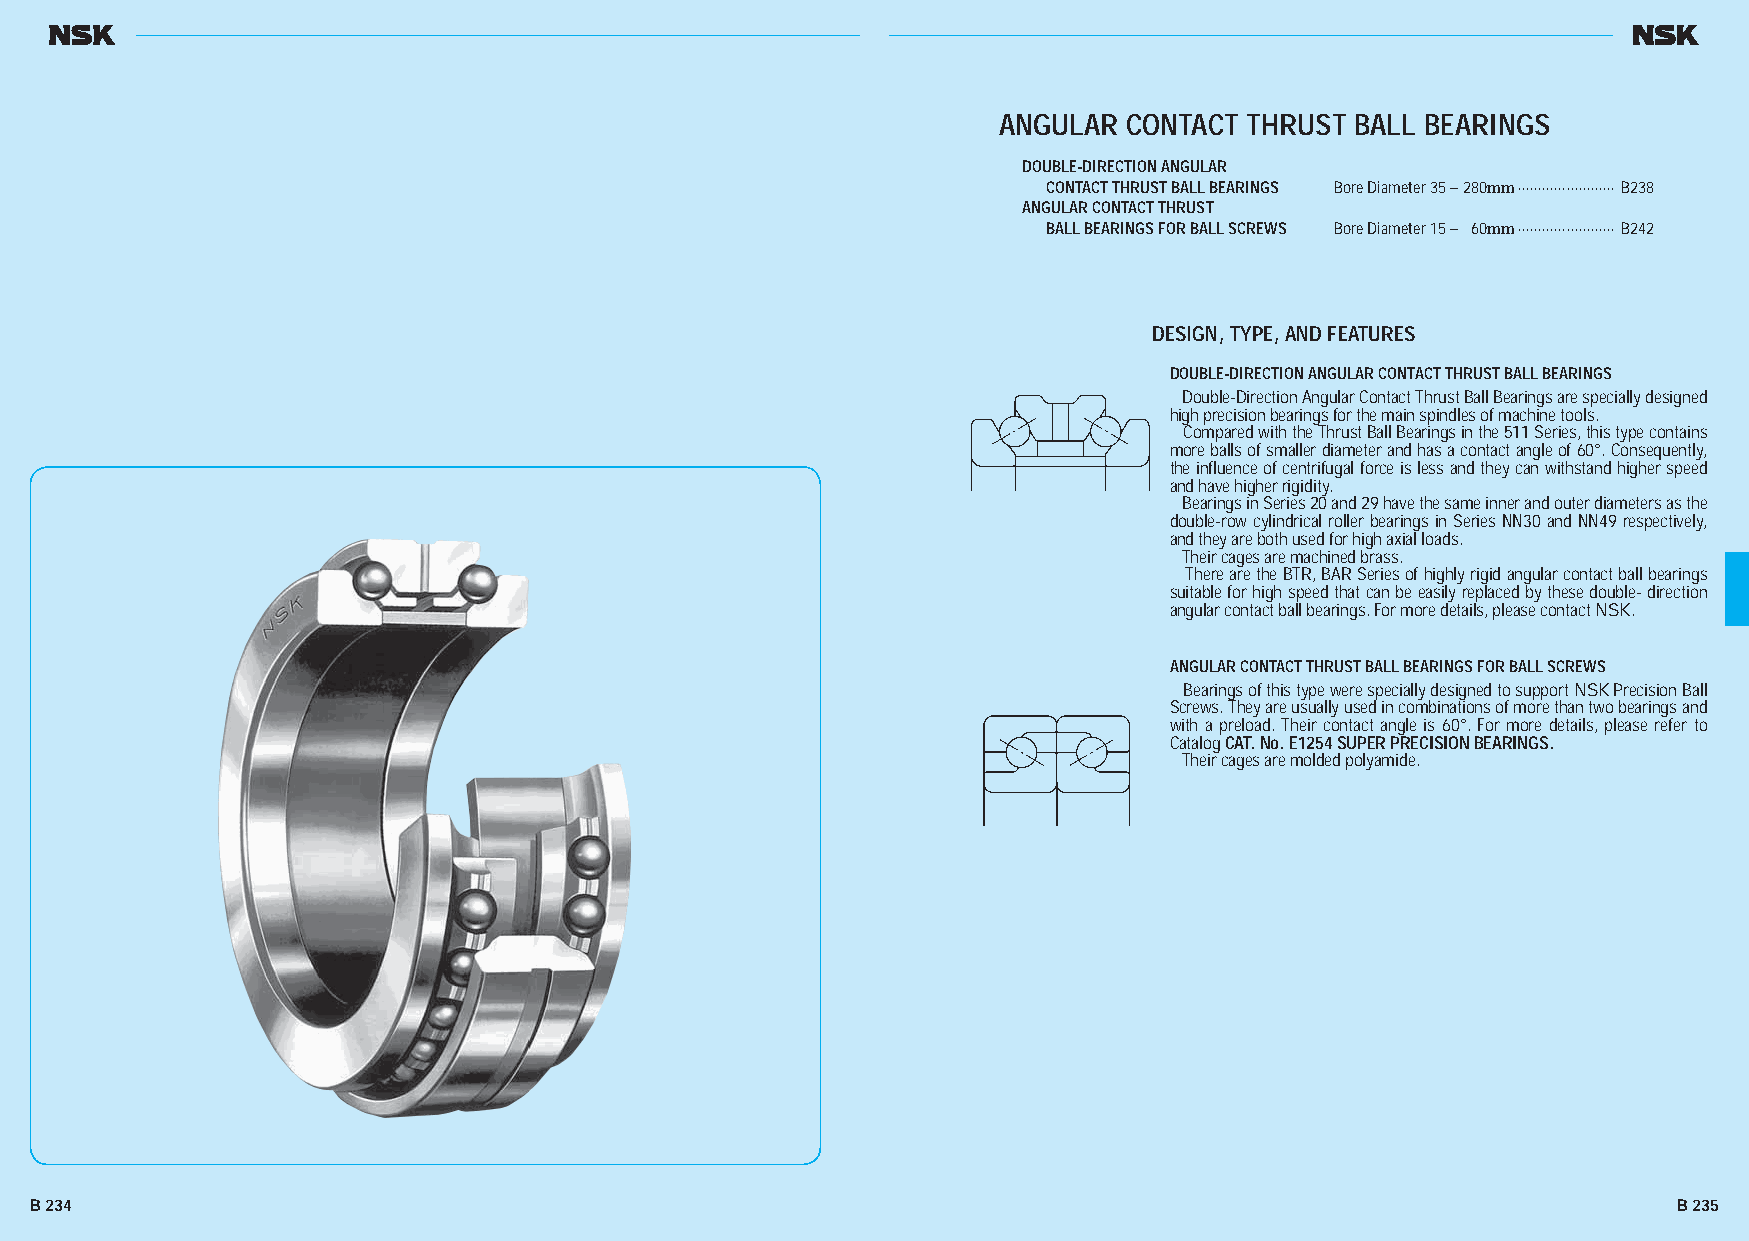
ANGULAR  CONTACT THRUST BALL BEARINGS
 DOUBLE-DIRECTION ANGULAR
 CONTACT THRUST BALL BEARINGS Bore Diameter 35 – 280mm ························ B238
 ANGULAR CONTACT THRUST
 BALL BEARINGS FOR BALL SCREWS Bore Diameter 15 – 60mm ························ B242
 DESIGN, TYPE, AND FEATURES
 DOUBLE-DIRECTION ANGULAR CONTACT THRUST BALL BEARINGS
 Double-Direction Angular Contact Thrust Ball Bearings are specially designed
 high precision bearings for the main spindles of machine tools.
 Compared with the Thrust Ball Bearings in the 511 Series, this type contains
 more balls of smaller diameter and has a contact angle of 60°. Consequently,
 the influence of centrifugal force is less and they can withstand higher speed
 and have higher rigidity.
 Bearings in Series 20 and 29 have the same inner and outer diameters as the
 double-row cylindrical roller bearings in Series NN30 and NN49 respectively,
 and they are both used for high axial loads.
 Their cages are machined brass.
 There are the BTR, BAR Series of highly rigid angular contact ball bearings
 suitable for high speed that can be easily replaced by these double- direction
 angular contact ball bearings. For more details, please contact NSK.
 ANGULAR CONTACT THRUST BALL BEARINGS FOR BALL SCREWS
 Bearings of this type were specially designed to support NSK Precision Ball
 Screws. They are usually used in combinations of more than two bearings and
 with a preload. Their contact angle is 60°. For more details, please refer to
 Catalog CAT. No. E1254 SUPER PRECISION BEARINGS.
 Their cages are molded polyamide.
 B 234                                                                                                        B 235
 BB223344--224433EE..iinndddd 223344--223355                                                               1111//2200//1133 44::5588::4477 PPMM